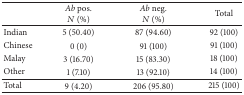
<table><thead><tr><td><b> </b></td><td><b><i>Ab </i>pos.<i>N</i> (%)</b></td><td><b><i>Ab </i>neg.<i>N</i> (%)</b></td><td><b>Total</b></td></tr></thead><tbody><tr><td>Indian</td><td>5 (50.40)</td><td>87 (94.60)</td><td>92 (100)</td></tr><tr><td>Chinese</td><td>0 (0)</td><td>91 (100)</td><td>91 (100)</td></tr><tr><td>Malay</td><td>3 (16.70)</td><td>15 (83.30)</td><td>18 (100)</td></tr><tr><td>Other</td><td>1 (7.10)</td><td>13 (92.10)</td><td>14 (100)</td></tr><tr><td>Total</td><td>9 (4.20)</td><td>206 (95.80)</td><td>215 (100)</td></tr></tbody></table>